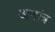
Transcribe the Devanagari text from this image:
अनांत्र